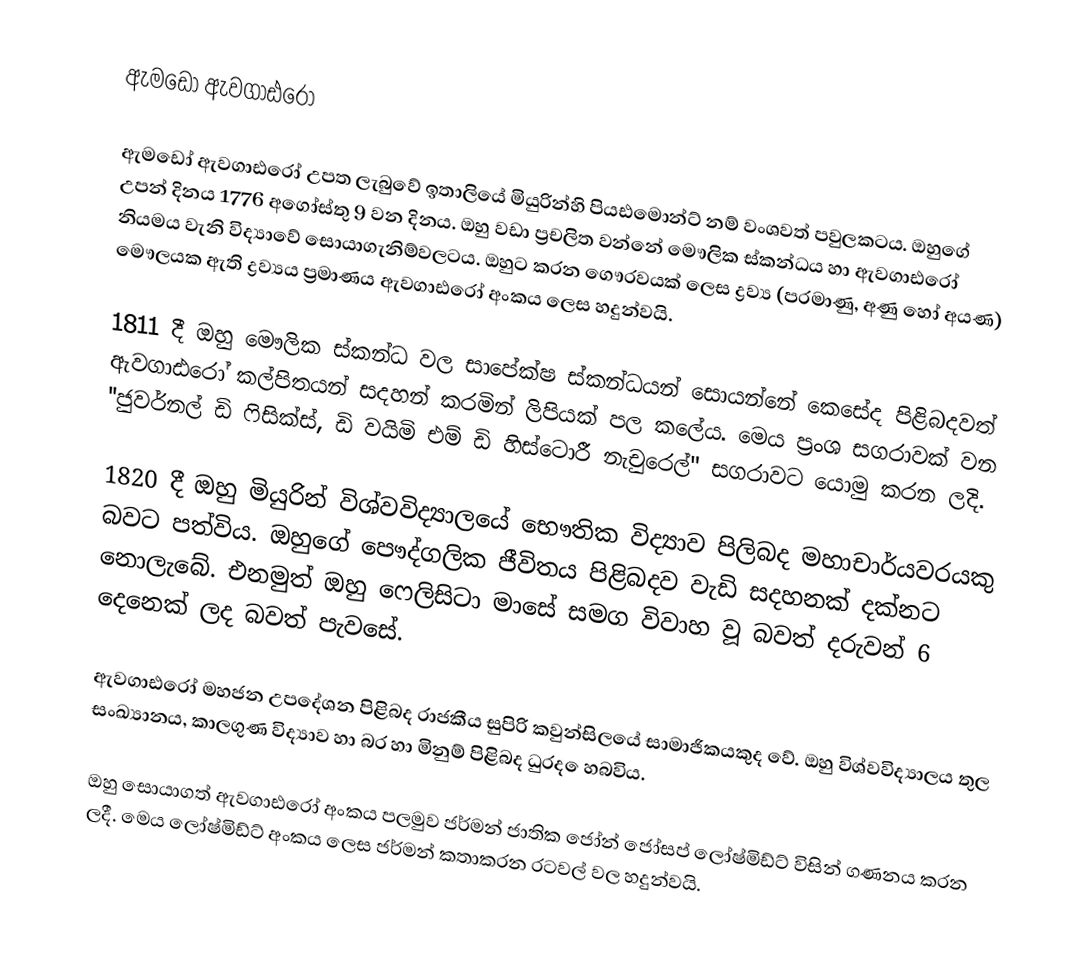
ඇමඩෝ ඇවගාඪරෝ

ඇමඩෝ ඇවගාඪරෝ උපත ලැබුවේ ඉතාලියේ මියුරින්හි පියඪමොන්ට් නම් වංශවත් පවුලකටය. ඔහුගේ උපන් දිනය 1776 අගෝස්තු 9 වන දිනය. ඔහු වඩා ප්‍රචලිත වන්නේ මෞලික ස්කන්ධය හා ඇවගාඪරෝ නියමය වැනි විද්‍යාවේ සොයාගැනිම්වලටය. ඔහුට කරන ගෞරවයක් ලෙස ද්‍රව්‍ය (පරමාණු, අණු හෝ අයණ) මෞලයක ඇති ද්‍රව්‍යය ප්‍රමාණය ඇවගාඪරෝ අංකය ලෙස හදුන්වයි.

1811 දී ඔහු මෞලික ස්කන්ධ වල සාපේක්ෂ ස්කන්ධයන් සොයන්නේ කෙසේද පිළිබදවත් ඇවගාඪරෝ කල්පිතයන් සදහන් කරමින් ලිපියක් පල කලේය. මෙය ප්‍රංශ සගරාවක් වන ''ජුවර්නල් ඩි ෆිසික්ස්, ඩි වයිමි එම් ඩි හිස්ටොරී නැචුරෙල්" සගරාවට යොමු කරන ලදි.

1820 දී ඔහු මියුරින් විශ්වවිද්‍යාලයේ භෞතික විද්‍යාව පිලිබද මහාචාර්යවරයකු බවට පත්විය. ඔහුගේ පෞද්ගලික ජීවිතය පිළිබදව වැඩි සදහනක් දක්නට නොලැබේ. එනමුත් ඔහු ෆෙලිසිටා මාසේ සමග විවාහ වූ බවත් දරුවන් 6 දෙනෙක් ලද බවත් පැවසේ.

ඇවගාඪරෝ මහජන උපදේශන පිළිබද රාජකීය සුපිරි කවුන්සිලයේ සාමාජිකයකුද වේ. ඔහු විශ්වවිද්‍යාලය තුල සංඛ්‍යානය, කාලගුණ විද්‍යාව හා බර හා මිනුම් පිළිබද ධුරද ‍ෙහබවිය.

ඔහු සොයාගත් ඇවගාඪරෝ අංකය පලමුව ජර්මන් ජාතික ජෝන් ජෝසප් ලෝෂ්මිඩ්ට් විසින් ගණනය කරන ලදී. මෙය ලෝෂ්මිඩ්ට් අංකය ලෙස ජර්මන් කතාකරන රටවල් වල හදුන්වයි.